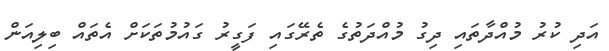
އަދި ކުރު މުއްދާތައި ދިގު މުއްދަތުގެ ތެރޭގައި ފަގީރު ގައުމުތަކަށް އެތައް ބިލިއަން